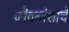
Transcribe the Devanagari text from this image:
जीवनांशाचे